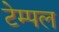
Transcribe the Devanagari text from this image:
टेम्‍पल